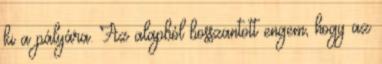
ki a pályára. Az alapból bosszantott engem, hogy az